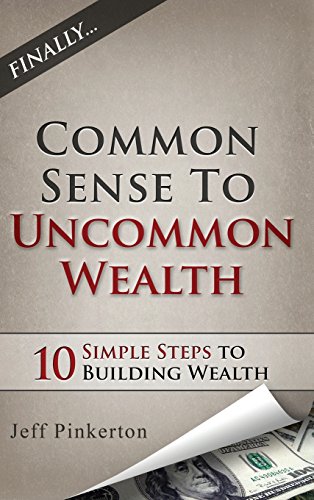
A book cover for Common Sense to Uncommon Wealth; Jeff Pinkerton; Business & Money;